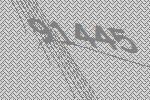
91445